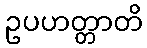
ဥပဟတ္တာတိ